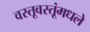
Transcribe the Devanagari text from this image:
वस्तूवस्तूंमधले